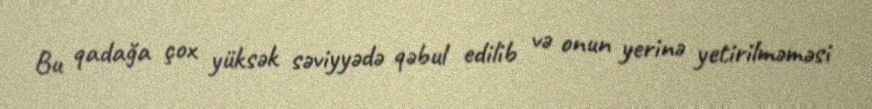
Bu qadağa çox yüksək səviyyədə qəbul edilib və onun yerinə yetirilməməsi